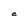
Character: C